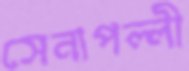
সেনাপল্লী